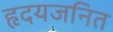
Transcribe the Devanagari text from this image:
हृदयजनित